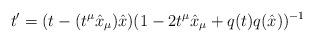
LaTeX: \begin{align*}t' = (t - (t^\mu {\hat x}_\mu) {\hat x})( 1 - 2 t^\mu {\hat x}_\mu + q(t) q({\hat x}))^{-1}\end{align*}